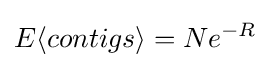
E\langle contigs\rangle =Ne^{-R}